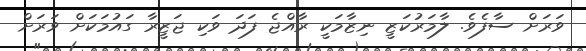
ވަރަށް ސާފެވެ. ލާމަރުކަޒީ ނިޒާމަކީ ރާއްޖެ ފަދަ ވަކި ޖަޒީރާ ގައުމަކަށް ވަރަށް